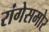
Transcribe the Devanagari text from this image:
रांगेसमोर